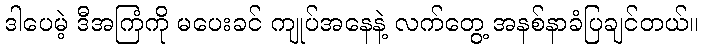
ဒါပေမဲ့ ဒီအကြံကို မပေးခင် ကျုပ်အနေနဲ့ လက်တွေ့ အနစ်နာခံပြချင်တယ်။